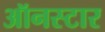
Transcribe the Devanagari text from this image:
ऑनस्टार